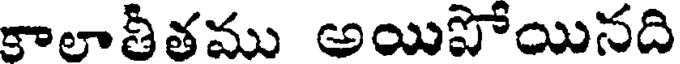
కాలాతీతము అయిపోయినది